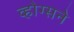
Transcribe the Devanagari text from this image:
व्होग्सने